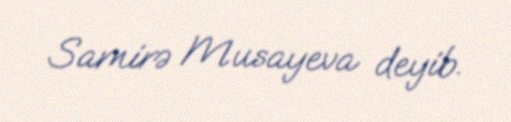
Samirə Musayeva deyib.